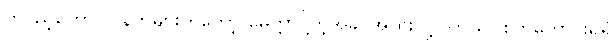
တပည့်တော်။ ။ နတ်များကိုတော့ မေတ္တာပို့တဲ့အခါ အထူး ပို့ပါတယ်။ စိတ်ကောင်းရှိရှိ